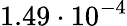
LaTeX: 1.49\cdot 10^{-4}